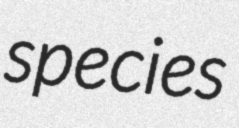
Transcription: species